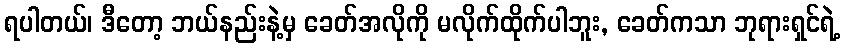
ရပါတယ်၊ ဒီတော့ ဘယ်နည်းနဲ့မှ ခေတ်အလိုကို မလိုက်ထိုက်ပါဘူး, ခေတ်ကသာ ဘုရားရှင်ရဲ့